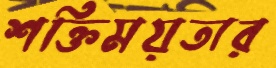
শক্তিময়তার